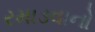
રમાડવાનો